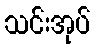
သင်းအုပ်